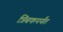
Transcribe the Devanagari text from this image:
त्रिंबकपर्यंत